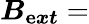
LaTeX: \boldsymbol{B_{\mathrm{e}xt}}=